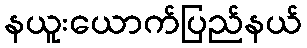
နယူးယောက်ပြည်နယ်